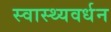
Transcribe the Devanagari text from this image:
स्वास्थ्यवर्धन